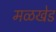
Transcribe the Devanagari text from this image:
मळखेड